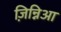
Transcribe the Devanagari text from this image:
ज़िन्निआ